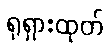
ရုရှားထုတ်